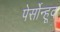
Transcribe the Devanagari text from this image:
पेर्सोन्हूद